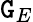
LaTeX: \mathtt{G}_{E}